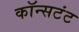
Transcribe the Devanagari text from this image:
कॉन्सटंट